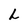
Character: L